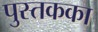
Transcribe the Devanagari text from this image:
पुस्तकका